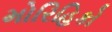
મોરિહિકો